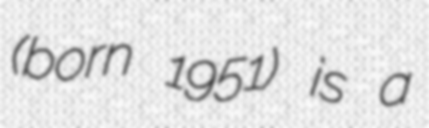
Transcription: (born 1951) is a